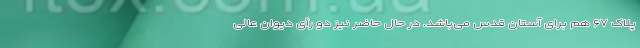
پلاک ۶۷ هم برای آستان قدس می‌باشد. در حال حاضر نیز دو رأی دیوان عالی